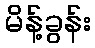
မိန့်ခွန်း